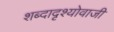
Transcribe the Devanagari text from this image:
शब्दादृश्योवाजी